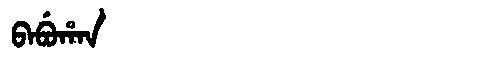
Manchu: ᠪᠠᠪᡠᡥᠠᠨ
Romanization: BABUHAN